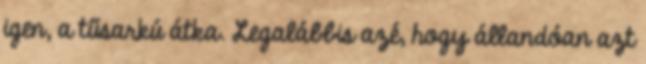
igen, a tűsarkú átka. Legalábbis azé, hogy állandóan azt